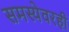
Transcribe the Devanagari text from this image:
समस्येवरही